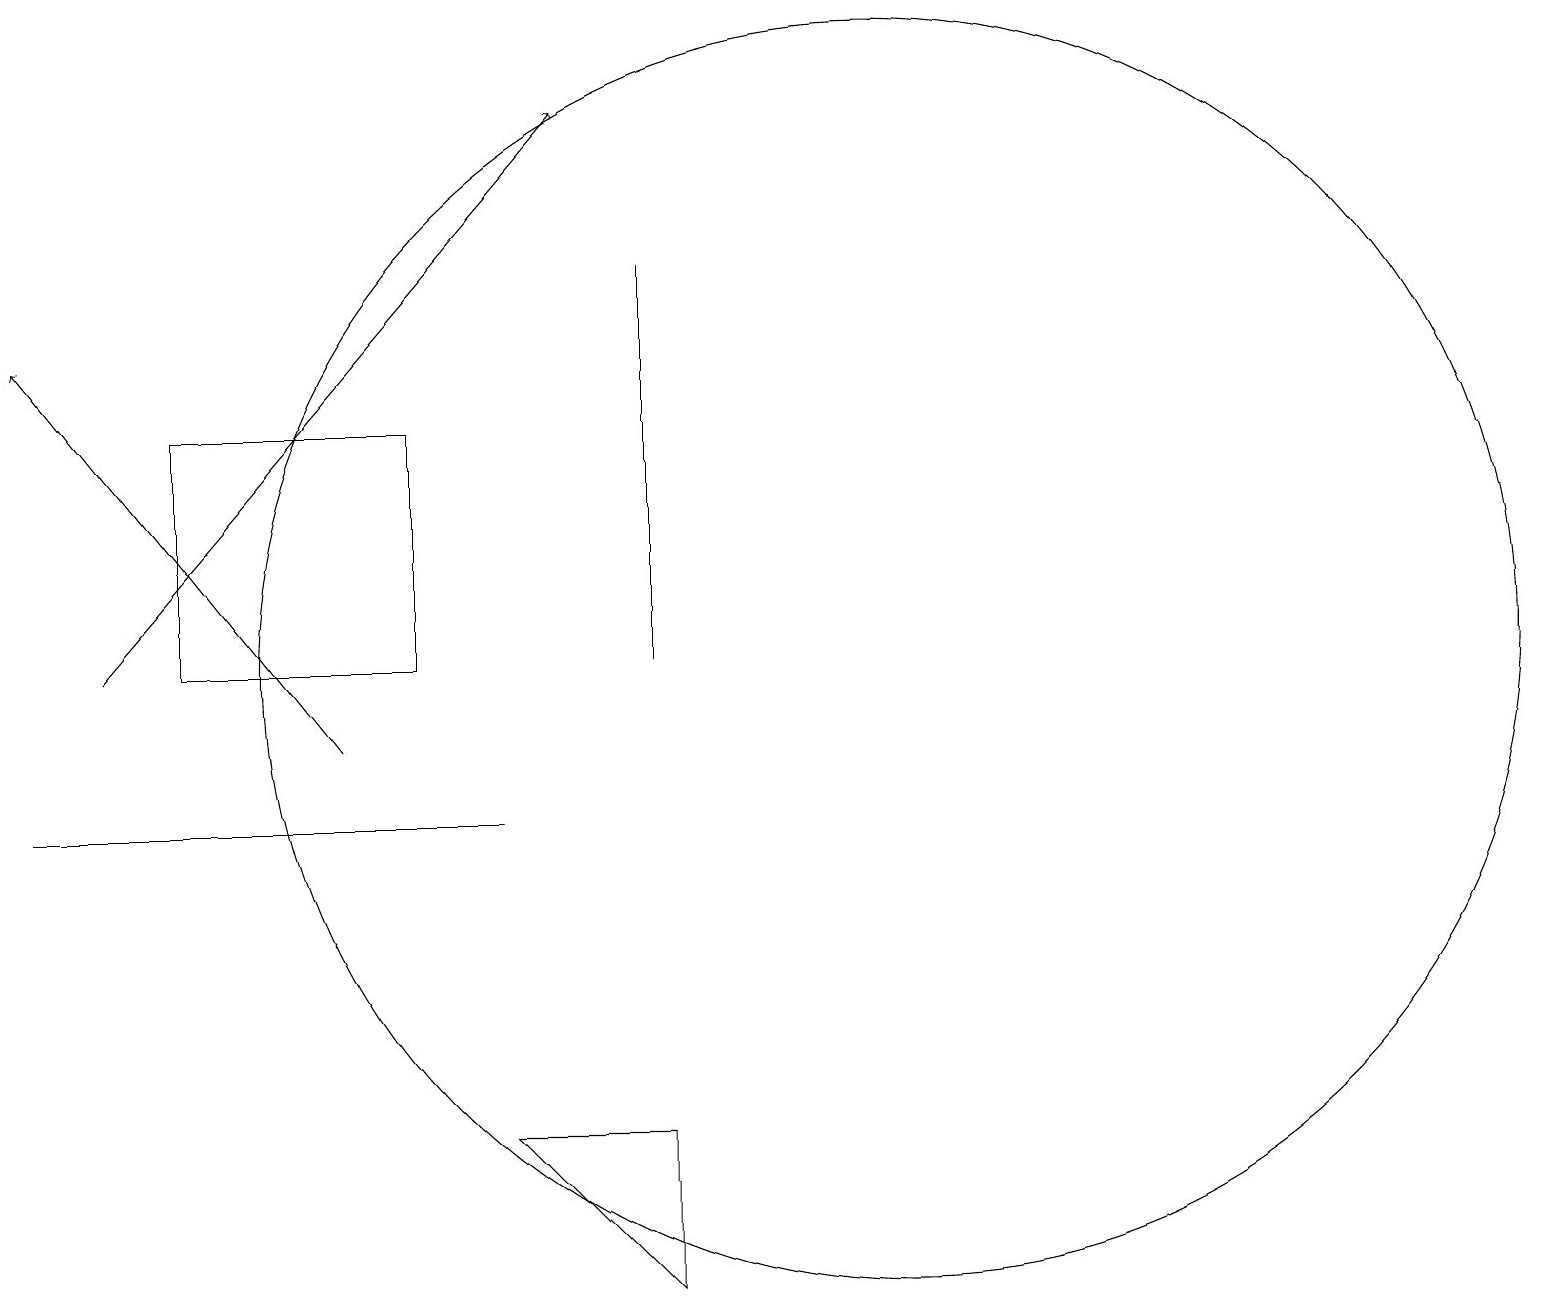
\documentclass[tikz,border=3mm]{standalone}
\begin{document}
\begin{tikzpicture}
\draw[->] (5,10) -- (1,15);
\draw[->] (2,11) -- (8,18);
\draw (6,11) rectangle (3,14);
\draw (12,11) circle (8);
\draw (7,9) -- (1,9) -- (3,9) -- cycle;
\draw (9,16) rectangle (9,11);
\draw (9,3) -- (9,5) -- (7,5) -- cycle;
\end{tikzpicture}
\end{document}